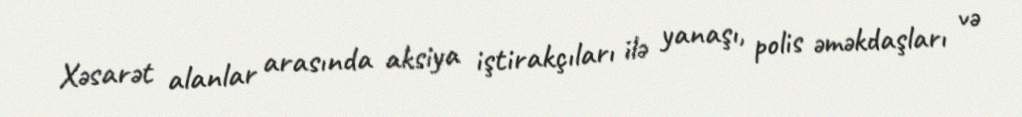
Xəsarət alanlar arasında aksiya iştirakçıları ilə yanaşı, polis əməkdaşları və